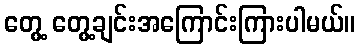
တွေ့ တွေ့ချင်းအကြောင်းကြားပါမယ်။